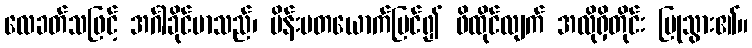
လေခတ်သဖြင့် အင်္ဂါခိုင်မာသည်၊ မိန်းမတယောက်မြင်၍ ဖိထိုင်လျက် အလိုရှိတိုင်း ပြုသွား၏။